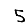
Digit: 5